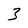
Character: 3